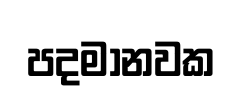
පදමානවක